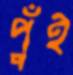
পুঁই